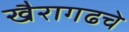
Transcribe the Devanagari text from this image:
खैरागढचे